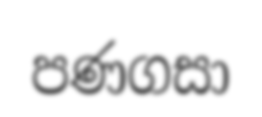
පණගසා